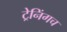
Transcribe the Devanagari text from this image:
ट्रेनिंगच